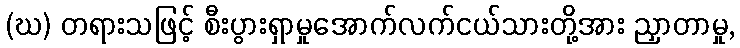
(ဃ) တရားသဖြင့် စီးပွားရှာမှုအောက်လက်ငယ်သားတို့အား ညှာတာမှု,